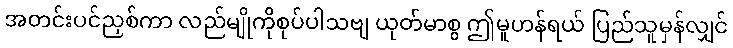
အတင်းပင်ညှစ်ကာ လည်မျိုကိုစုပ်ပါသဗျ ယုတ်မာစွ ဤမူဟန်ရယ် ပြည်သူမှန်လျှင်